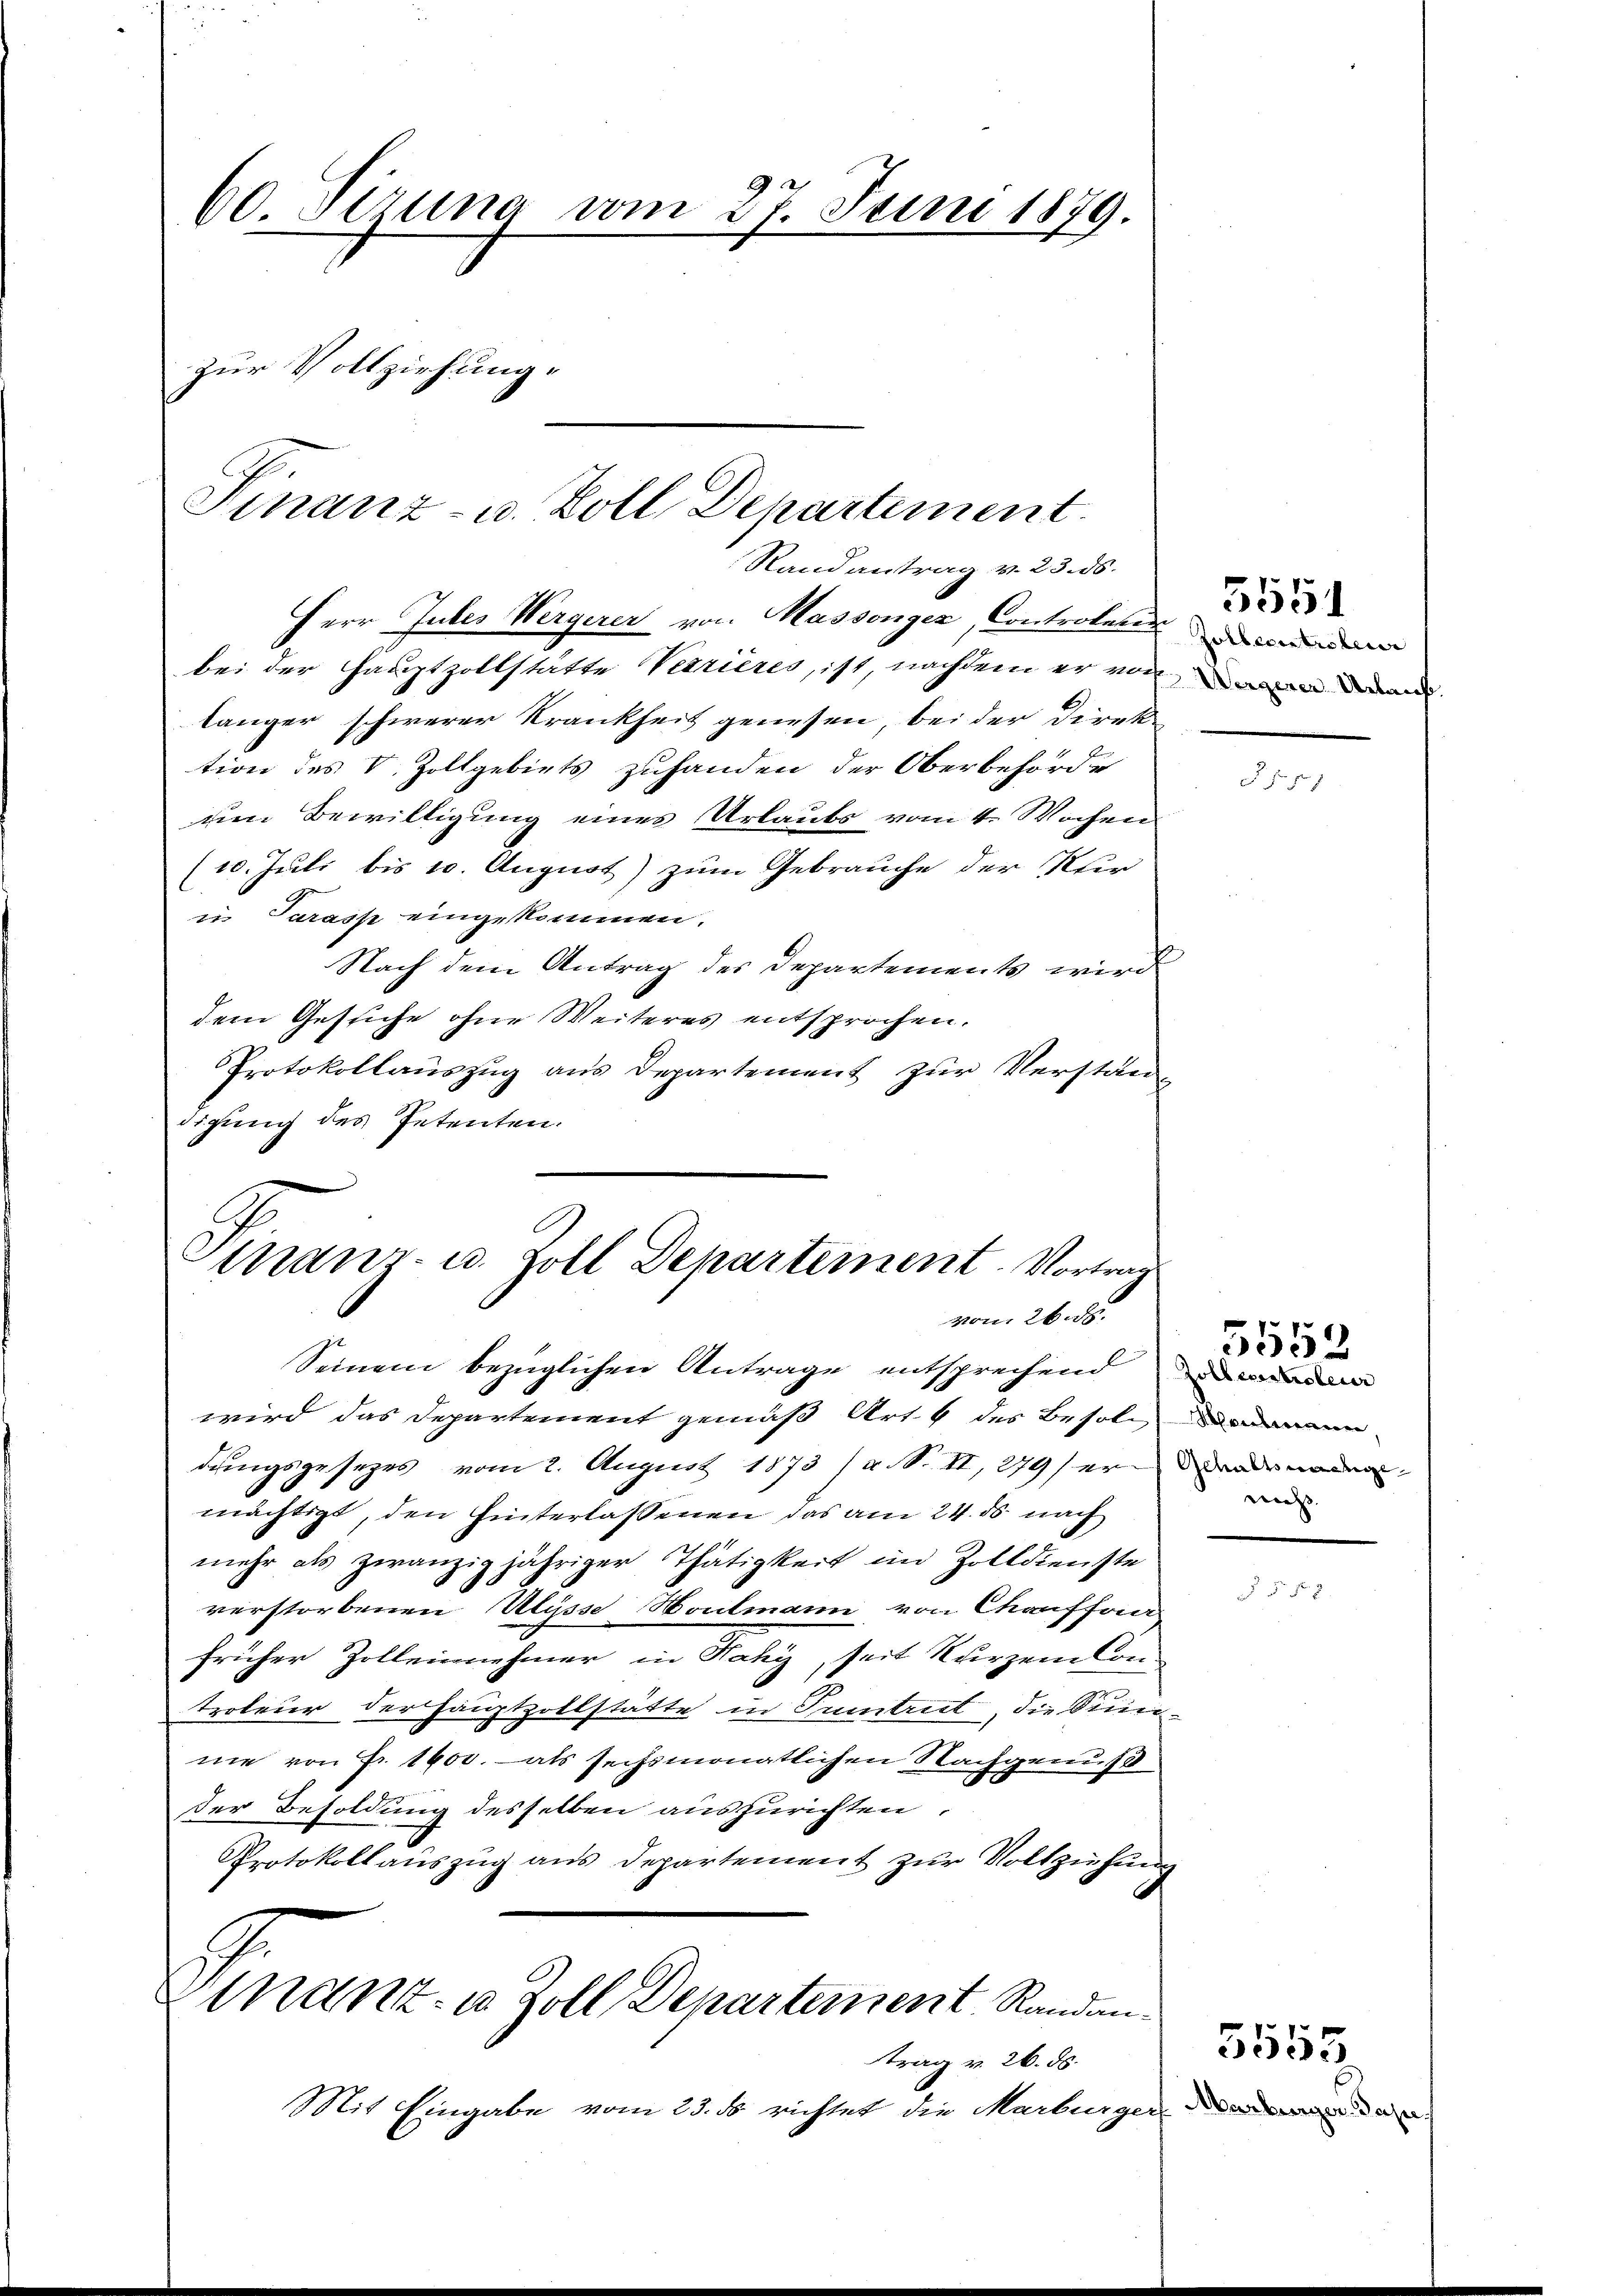
60. Sirung vom 27. Juni 1879.
zur Vollziehung.

Finanz- u. Zoll Departement.
Randantrag v. 23. ds.

Herr Jubes Wergerer von Massenger, Controkurir
bei der Hauptzollstätte Verrières, ist, nachdem er von in den
länger schwerer Krankheit genesen, bei der Direk
tion des V. Zollgebiets zuhanden der Oberbehörde
um Bewilligung eines Urlaubs vom 4. Wochen
(10. Juli bis 10. August) zum Gebrauche der Nur
in Tarass eingekommen.
Nach dem Antrag des Departements wird
dem Gesuche ohne Weiteres entsprochen.
Protokollauszug aus Departement zur Verstän-
digung des Petenten.

trans- u. Zoll Departement. Vortrag
vom 26. d.
Seinem bezüglichen Antrage entsprechend de

tnant u. Zoll Departement, Randan¬

trag v. 26. ds.
Mit Eingabe vom 23. ds richtet die Marburger

wird das Departement gemäß Art 4 des Besoldungsgesezes vom 2. August 1873 (a. S. II, 279) erwanden
mächtigt, den hinterlassenen das am 24. ds nach
mehr als zwanzigjähriger Thätigkeit im Zolldienste
verstorbenen Müsse Houtmann von Chauffor
früher Zolleinehmer in Naky, seit kurzem Con-
troteur der Hauptzollstätte in Tumtreit, die Sumne von Fr. 1600. als sechsmonatlichen Nachgenuß
der Besoldung desselben auszurichten
Protokollauszug aus Departement zur Vollziehung
G

Zollanteilen

5551

E

wachs

5552

Marburger Jahr

3555